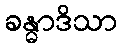
ခန္ဓာဒိသာ